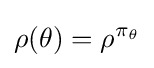
\rho (\theta )=\rho ^{\pi _{\theta }}